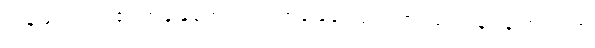
ကွန်ဖြူရှပ်ဝါဒ၏ အခြေခံတရားက အခြေခံ ကျင့်ဝတ် သုံးပါးနဲ့ လူ ကျင့်ဝတ်